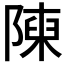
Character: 𨻰